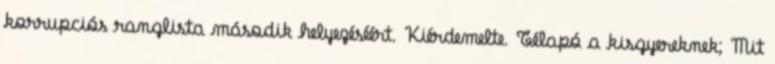
korrupciós ranglista második helyezéséért. Kiérdemelte. Télapó a kisgyereknek; Mit